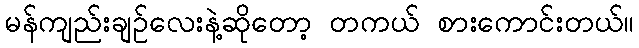
မန်ကျည်းချဉ်လေးနဲ့ဆိုတော့ တကယ် စားကောင်းတယ်။